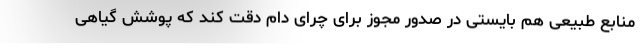
منابع طبیعی هم بایستی در صدور مجوز برای چرای دام دقت کند که پوشش گیاهی